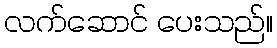
လက်ဆောင် ပေးသည်။